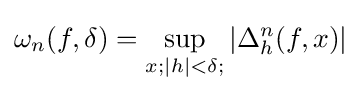
\omega _{n}(f,\delta )=\sup \limits _{x;|h|<\delta ;}\left|\Delta _{h}^{n}(f,x)\right|